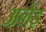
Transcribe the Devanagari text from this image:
अलेइ